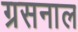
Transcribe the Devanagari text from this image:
ग्रसनाल